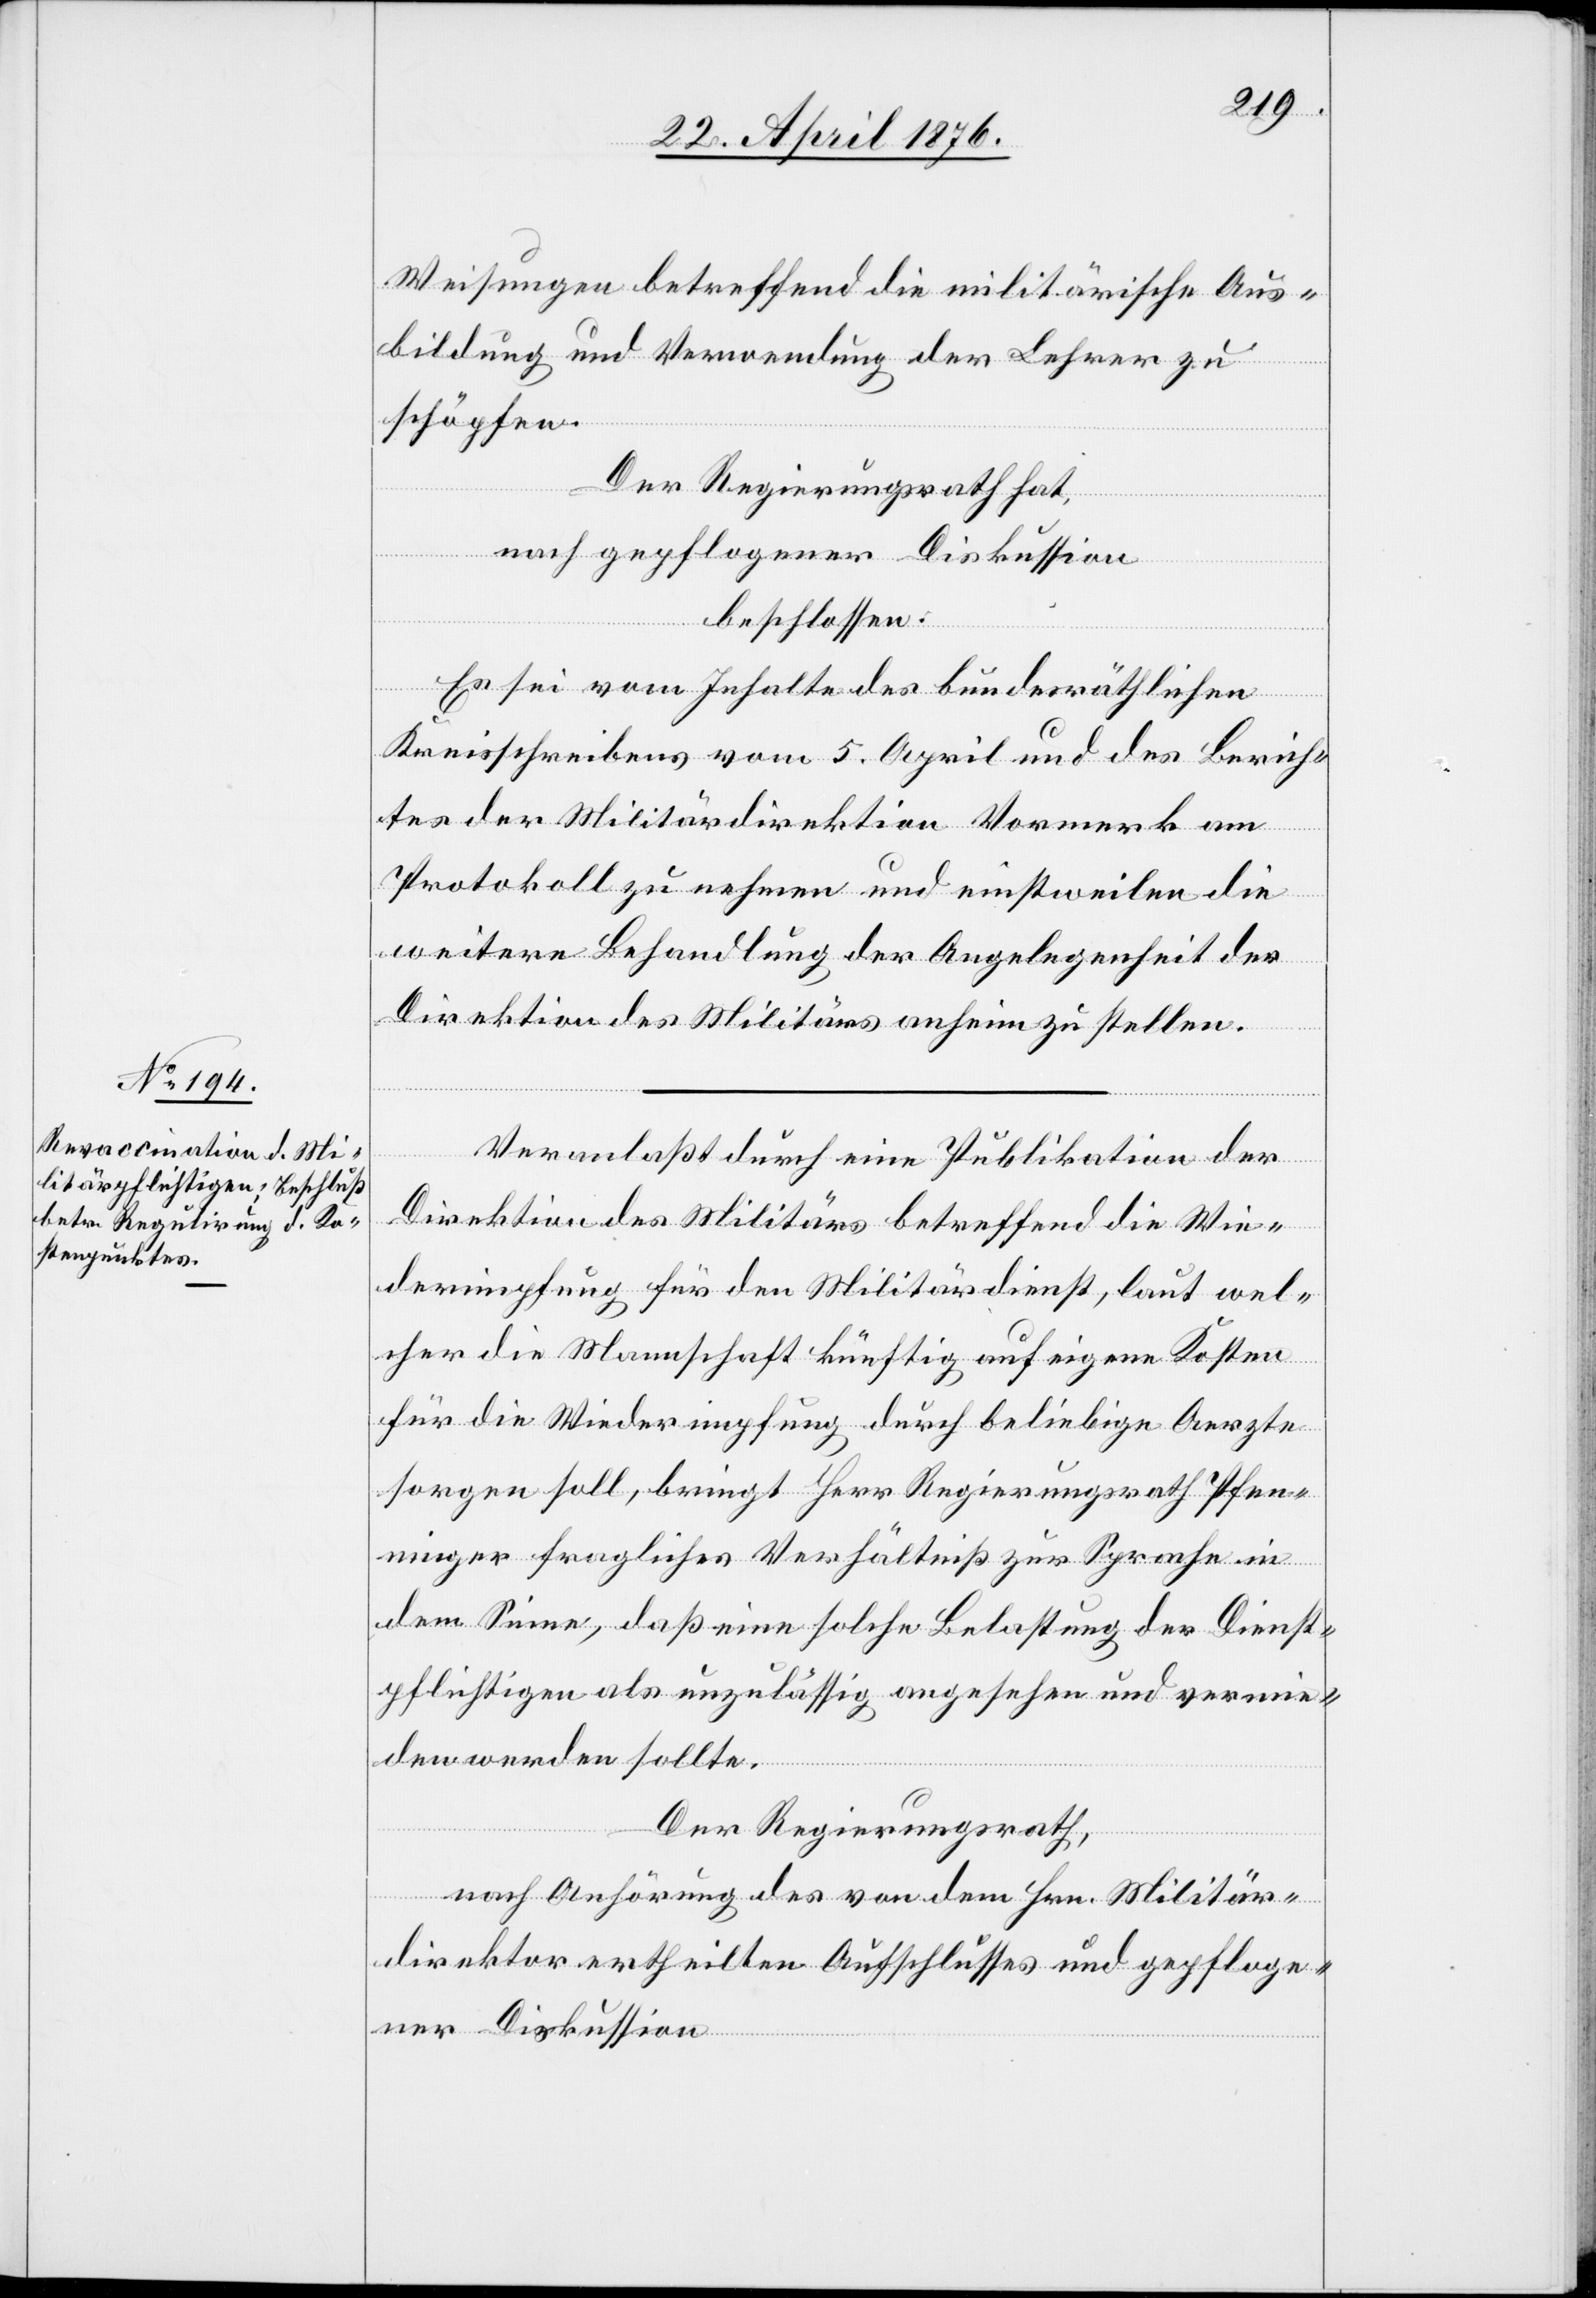
Veranlaßt durch eine Publikation der
Direktion des Militärs betreffend die Wie¬
derimpfung für den Militärdienst, laut wel¬
cher die Mannschaft künftig auf eigene Kosten
für die Wiederimpfung durch beliebige Aerzte
sorgen soll, bringt Herr Regierungsrath Pfen¬
ninger fragliches Verhältniß zur Sprache in
dem Sinne, daß eine solche Belastung der Dienst¬
pflichtigen als unzulässig angesehen und vermie¬
den werden sollte.
Der Regierungsrath,
nach Anhörung des von dem Hrn. Militär¬
direktor ertheilten Aufschlusses und gepfloge¬
ner Diskussion